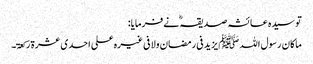
تو سیدہ عائشہ صدیقہ ؓ نے فرمایا:
ماکان رسول اللہ ﷺ یزید فی رمضان ولا فی غیرہ علی احدی عشرۃ رکعۃ۔